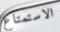
الاستمتاع